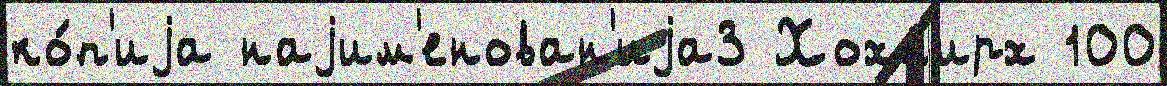
ко́п'иjа наjим'енован'иjа3 Хохк'ирх 100